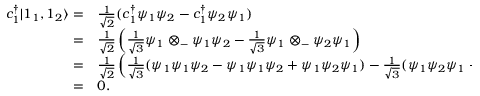
\begin{array} { r l } { c _ { 1 } ^ { \dagger } | 1 _ { 1 } , 1 _ { 2 } \rangle = } & { { \frac { 1 } { \sqrt { 2 } } } ( c _ { 1 } ^ { \dagger } \psi _ { 1 } \psi _ { 2 } - c _ { 1 } ^ { \dagger } \psi _ { 2 } \psi _ { 1 } ) } \\ { = } & { { \frac { 1 } { \sqrt { 2 } } } \left( { \frac { 1 } { \sqrt { 3 } } } \psi _ { 1 } \otimes _ { - } \psi _ { 1 } \psi _ { 2 } - { \frac { 1 } { \sqrt { 3 } } } \psi _ { 1 } \otimes _ { - } \psi _ { 2 } \psi _ { 1 } \right) } \\ { = } & { { \frac { 1 } { \sqrt { 2 } } } \left( { \frac { 1 } { \sqrt { 3 } } } ( \psi _ { 1 } \psi _ { 1 } \psi _ { 2 } - \psi _ { 1 } \psi _ { 1 } \psi _ { 2 } + \psi _ { 1 } \psi _ { 2 } \psi _ { 1 } ) - { \frac { 1 } { \sqrt { 3 } } } ( \psi _ { 1 } \psi _ { 2 } \psi _ { 1 } - \psi _ { 2 } \psi _ { 1 } \psi _ { 1 } + \psi _ { 2 } \psi _ { 1 } \psi _ { 1 } ) \right) } \\ { = } & { 0 . } \end{array}